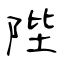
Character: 陛